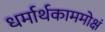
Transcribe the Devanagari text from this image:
धर्मार्थकाममोक्षं